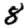
Digit: 8